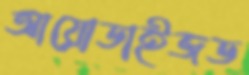
আয়োডাইজড